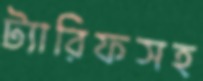
ট্যারিফসহ